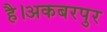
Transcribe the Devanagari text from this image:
है।अकबरपुर